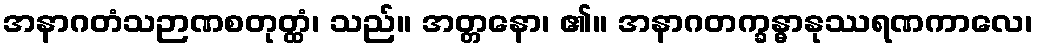
အနာဂတံသဉာဏစတုတ္ထံ၊ သည်။ အတ္တနော၊ ၏။ အနာဂတက္ခန္ဓာနုဿရဏကာလေ၊